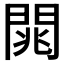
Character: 𨴡